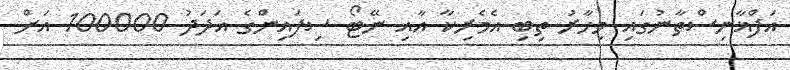
އަފްޣާނިސްތާނުގައި މިހާރު ތިބި އެމެރިކާ އާއި ނޭޓޯ ސިފައިންގެ އަދަދު 100000 އަށް